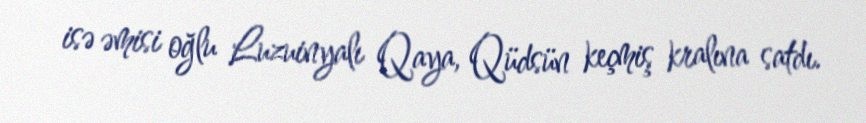
isə əmisi oğlu Luzuinyalı Qaya, Qüdsün keçmiş kralına satdı.